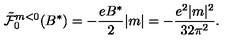
{ \tilde { \cal { F } } } _ { 0 } ^ { m < 0 } ( B ^ { * } ) = - \frac { e B ^ { * } } { 2 } | m | = - \frac { e ^ { 2 } | m | ^ { 2 } } { 3 2 \pi ^ { 2 } } .